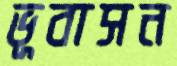
ভূবাসন